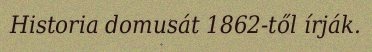
Historia domusát 1862-től írják.